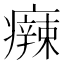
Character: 𤻬